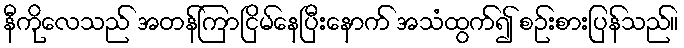
နီကိုလေသည် အတန်ကြာငြိမ်နေပြီးနောက် အသံထွက်၍ စဉ်းစားပြန်သည်။